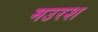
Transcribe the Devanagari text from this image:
मउरश